Annual report on the working of the lock hospitals in the Central Provinces
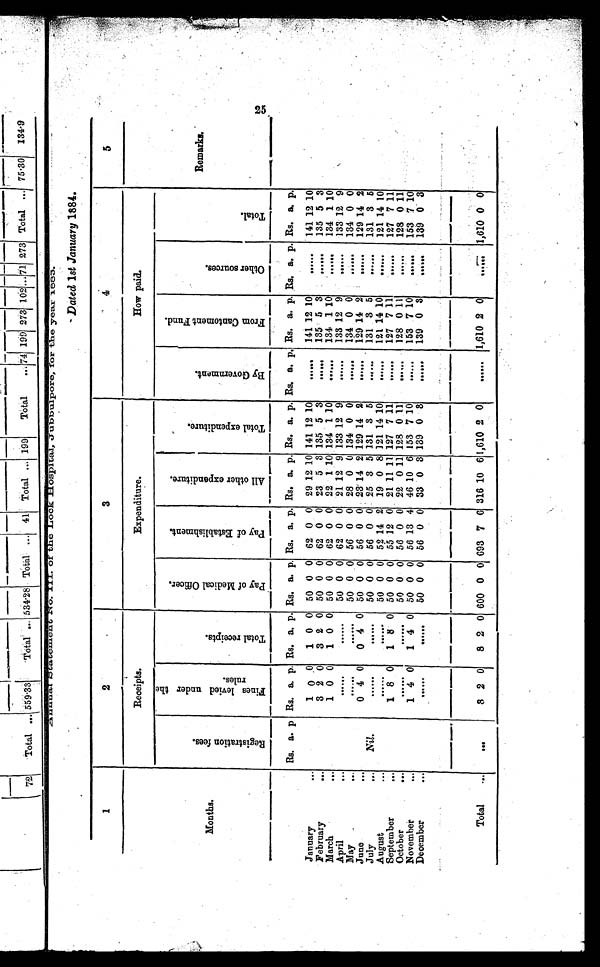
Dated 1st January 1884.
1
2
3
4
5
Receipts.
Expenditure.
How paid.
Months.
R e g i s t r a t i o n f e e s .
F i n e s l e v i e d u n d e r t h e r u l e s . T o t a l r e c e i p t s .
p a y o f m e d i c a l o f f i c e r .
P a y o f E s t a b l i s h m e n t .
A l l o t h e r e x p e n d i t u r e .
T o t a l e x p e n d i t u r e .
B y G o v e r n m e n t .
F r o m C a n t o m e n t F u n d .
O t h e r s o u r c e s .
T o t a l .
.
Remarks.
.
Rs. a. p Rs. a. p. Rs. a. p. Rs. a. p. Rs. a. p. Rs. a. p. Rs. a. p. Rs. a. p. Rs. a. p. Rs. a. p. Rs. a. p.
January
...
1 0 0 1 0 0 50 0 0 62 0 0 29 12 10 141 12 10
.....
141 12 10
..... 141 12 10
February
. . .
3 2 0 3 2 0 50 0 0 62 0 0 23 5 3 135 5 3
...... 135 5 3
...... 135 5 3
March
...
1 0 0 1 0 0 50 0 0 62 0 0 22 1 10 134 1 10
...... 134 1 10
...... 134 1 10
April
. . .
. . . . . .
......
50 0 0 62 0 0 21 12 9 133 12 9
...... 133 12 9
...... 133 12 9
May
...
. . . . . .
......
50 0 0 56 0 0 28 0 0 134 0 0
...... 134 0 0
...... 134 0 0
June
. . .
0 4 0 0 4 0 50 0 0 56 0 0 23 1 4 2 129 14 2
. . . . . . 129 14 2
...... 129 14 2
July
... Nil.
. . . . .
. . . . . .
50 0 0 56 0 0 25 3 5 131 3 5
..... 131 3 5
.....
131 3 5
August
. . .
. . . . . .
. . . . . .
50 0 0 52
1 4 2 19 0 8 121 14 10
...... 121 14 10
...... 121 14 10
September
. . .
1 8 0 1 8 0 50 0 0 55 12 0 21 11 11 127 7 11
...... 127 7 11
...... 127 7 11
October
...
. . . . . .
. . . . . .
50 0 0 56 0 0 22 0 11 128 0 . 11
...... 128 0 1 1 ...... 128 0 11
November
. . .
1 4 0 1 4 0 50 0 0 56 13 4 46 10 6 153 7 10
...... 153 7 10
...... 153 7 10
December
. . .
. . . . . .
..... 50 0 0 56 0 0 33 0 3 139 0 3
.....
139 0 3 ...... 139 0 3
Total ...
. . .
8 2
0 8 2 0 600 0 0 693 7 6 316 10 6 1,610 2 0
...... 1,610 2 0
...... 1,610 0 0